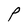
Character: P